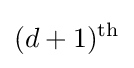
(d+1)^{\text{th}}